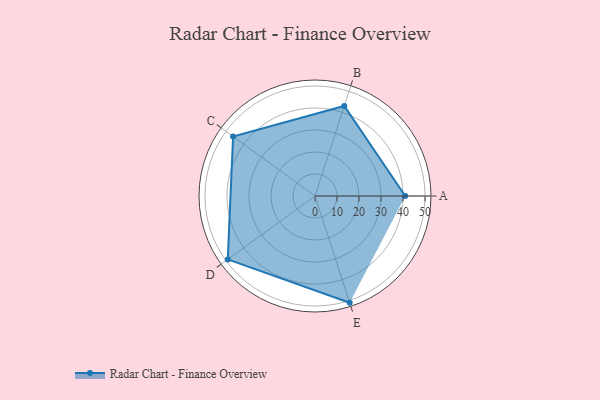
{"axis": {"x": "Skill", "y": "Score"}, "legend": ["Profile"], "data": [{"x": "A", "y": 41.0, "type": "Profile"}, {"x": "B", "y": 43.0, "type": "Profile"}, {"x": "C", "y": 46.0, "type": "Profile"}, {"x": "D", "y": 49.0, "type": "Profile"}, {"x": "E", "y": 51.0, "type": "Profile"}]}